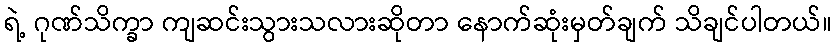
ရဲ့ ဂုဏ်သိက္ခာ ကျဆင်းသွားသလားဆိုတာ နောက်ဆုံးမှတ်ချက် သိချင်ပါတယ်။